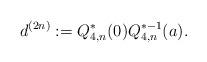
LaTeX: \begin{align*} d^{(2n)}:=Q_{4,n}^*(0)Q_{4,n}^{*-1}(a). \end{align*}